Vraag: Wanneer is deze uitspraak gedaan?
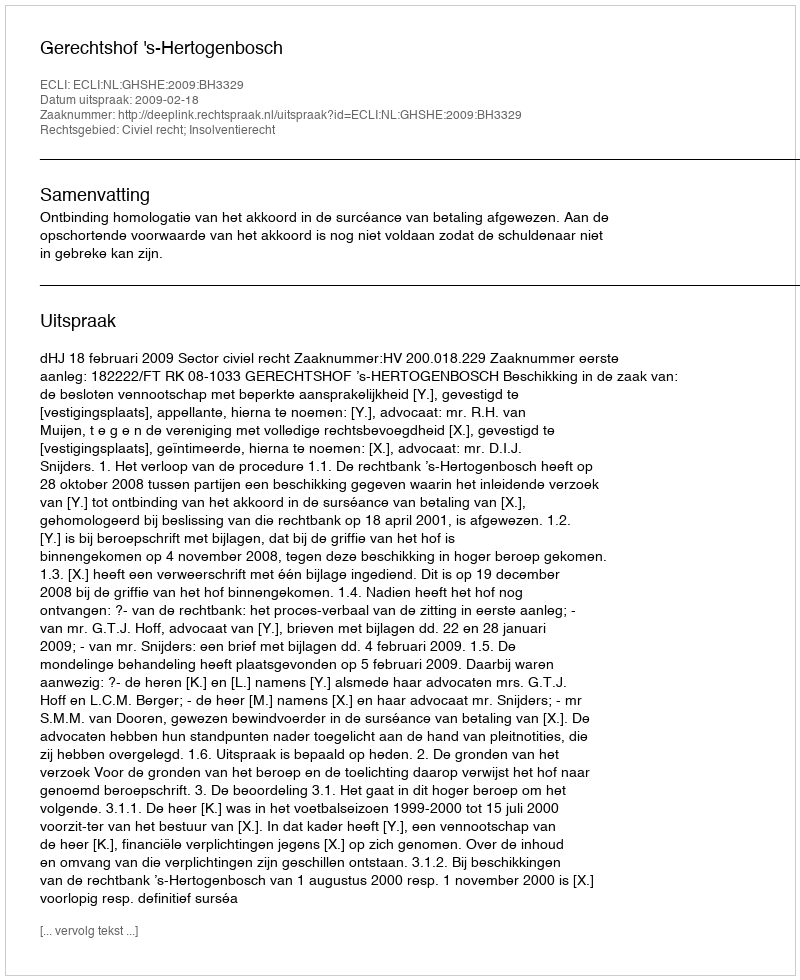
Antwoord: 2009-02-18